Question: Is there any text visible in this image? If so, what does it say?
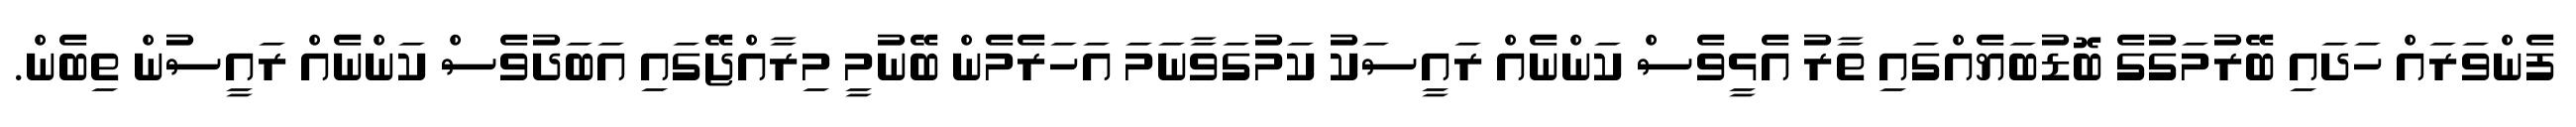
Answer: ފެންވަރައް ހަދައި ބޭރުމަގުގެ ބޮޑުބަޔެއްގައި ތާރު އެޅީވެސް ކަންނެއް ރައީސަކު ކަމުގަވާނަމަ އަހަރެމެން ބޭނުމީ މިރާއްޖޭގައި އަބަދުވެސް ކަންނެއް ރައީސުން ތިބެން.